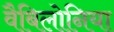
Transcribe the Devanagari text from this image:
वैबिलोनिया